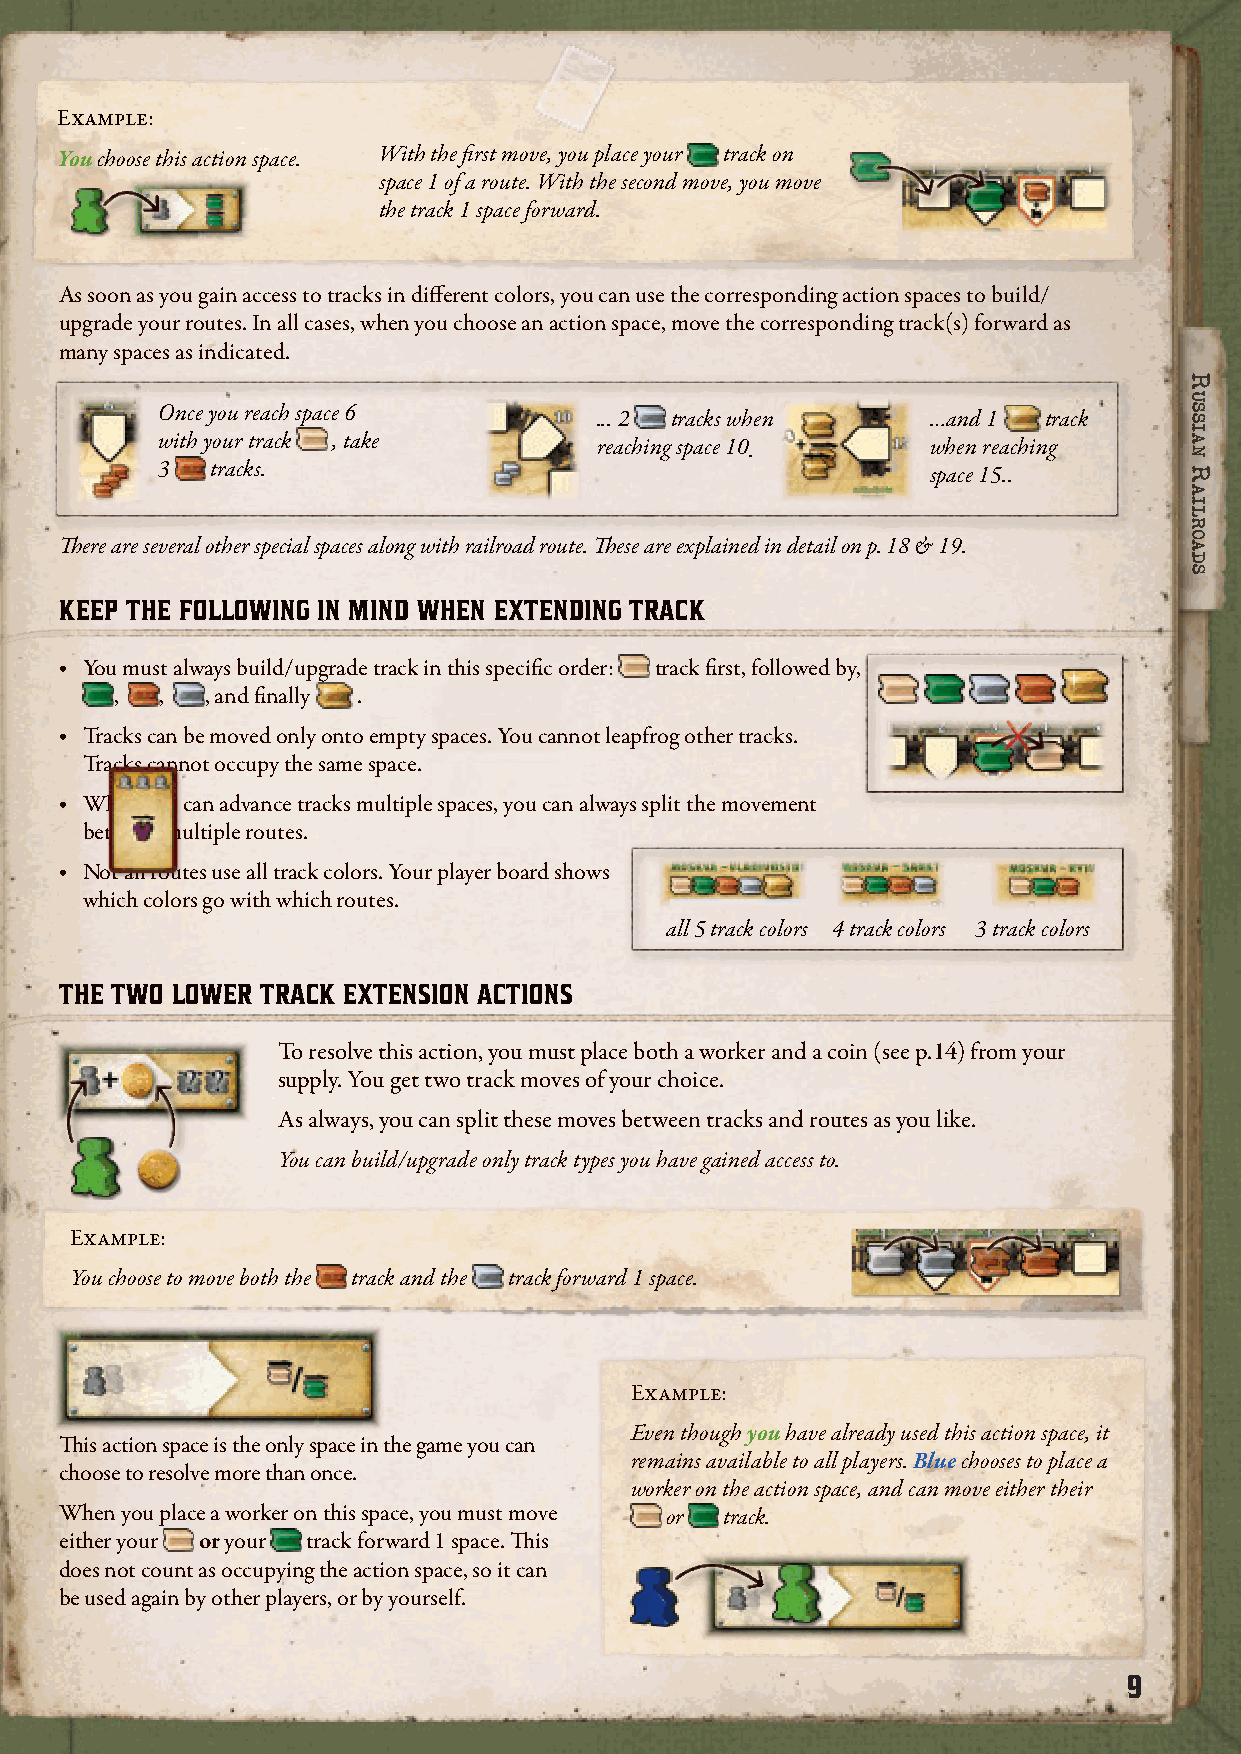
Example:
 To build track, you need: You choose this action space. With the first move, you place your track on
 space 1 of a route. With the second move, you move
 the track 1 space forward.
 As soon as you gain access to tracks in different colors, you can use the corresponding action spaces to build/
 upgrade your routes. In all cases, when you choose an action space, move the corresponding track(s) forward as
 many spaces as indicated.
 Track extension actions are some of the most
 important actions in the game. Once you reach space 6 ... 2 tracks when …and 1 track
 with your track , take       reaching space 10.     when reaching
 Your player board has 3 railroad routes shown,
 3   tracks.                                         space 15..
 which you can build over the course of the game.
 The better developed your routes are, the more
 points they are worth at the end of each round. There are several other special spaces along with railroad route. These are explained in detail on p. 18 & 19.
 HOW DO YOU BUILD TRACK? KEEP THE FOLLOWING IN MIND WHEN EXTENDING TRACK
 Choose an empty track extension action space and place the required worker(s) on it. This allows you to move your ‧ You must always build/upgrade track in this specific order: track first, followed by,
 tracks a certain number of steps. Move your track(s) forward the indicated number of spaces. , , , and finally .
 ‧ Tracks can be moved only onto empty spaces. You cannot leapfrog other tracks.
 Tracks cannot occupy the same space.
 ‧ When you can advance tracks multiple spaces, you can always split the movement
 between multiple routes.
 ‧ Not all routes use all track colors. Your player board shows
 which colors go with which routes.
 all 5 track colors 4 track colors 3 track colors
 You can freely split track movement between different routes. You do not need to start with Route 1.
 THE TWO LOWER TRACK EXTENSION ACTIONS
 To resolve this action, you must place both a worker and a coin (see p.14) from your
 supply. You get two track moves of your choice.
 As always, you can split these moves between tracks and routes as you like.
 You can build/upgrade only track types you have gained access to.
 The action is then completed.
 Example:
 Over the course of the game, to score more points, you will want to keep extending your routes. Higher-quality
 upgrades are represented by tracks of different colors. However, only tracks are available to you at the start of You choose to move both the track and the track forward 1 space.
 the game.
 HOW DO YOU UPGRADE TRACKS TO OTHER COLORS?
 Example:
 To upgrade tracks to other colors, you first need to gain access to them. This requires you to reach certain spaces on Even though you have already used this action space, it
 This action space is the only space in the game you can
 your player board with your wood-colored tracks. remains available to all players. Blue chooses to place a
 choose to resolve more than once.
 worker on the action space, and can move either their
 When you place a worker on this space, you must move or track.
 either your or your track forward 1 space. This
 does not count as occupying the action space, so it can
 be used again by other players, or by yourself.
 9
 RRuussssiiaann
 RRaaiillRRooaaddss